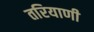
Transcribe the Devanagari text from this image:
तरियाणी